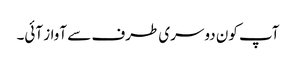
آپ کون دوسری طرف سے آواز آئی۔